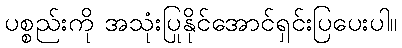
ပစ္စည်းကို အသုံးပြုနိုင်အောင်ရှင်းပြပေးပါ။